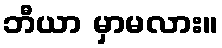
ဘီယာ မှာမလား။